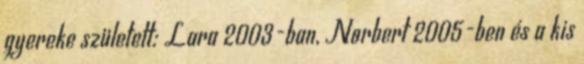
gyereke született: Lara 2003-ban, Norbert 2005-ben és a kis